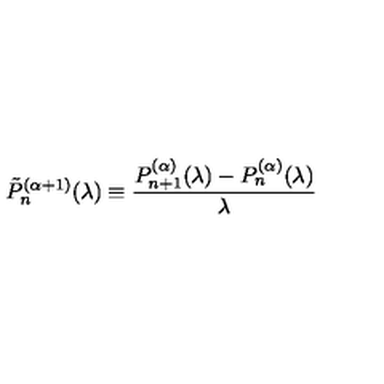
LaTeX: \tilde { P } _ { n } ^ { ( \alpha + 1 ) } ( \lambda ) \equiv \frac { P _ { n + 1 } ^ { ( \alpha ) } ( \lambda ) - P _ { n } ^ { ( \alpha ) } ( \lambda ) } { \lambda }